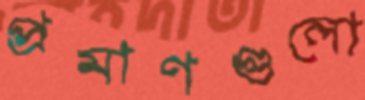
প্রমাণগুলো